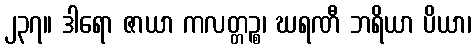
၂၃၇။ ဒါရော ဇာယာ ကလတ္တဉ္စ၊ ဃရဏီ ဘရိယာ ပိယာ၊